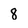
Character: 8